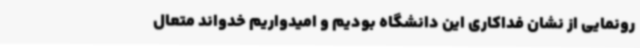
رونمایی از نشان فداکاری این دانشگاه بودیم و امیدواریم خدواند متعال